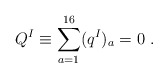
\begin{align*}Q^I \equiv \sum_{a=1}^{16} (q^I)_a =0 \ .\end{align*}